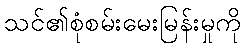
သင်၏စုံစမ်းမေးမြန်းမှုကို